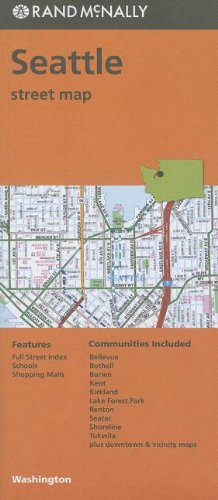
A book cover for Rand McNally Seattle, Washington Street Map; Travel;